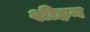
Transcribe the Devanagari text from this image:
शीहन